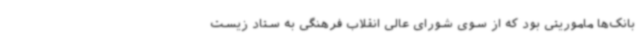
بانک‌ها ماموریتی بود که از سوی شورای عالی انقلاب فرهنگی به ستاد زیست